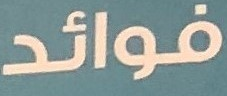
فوائد